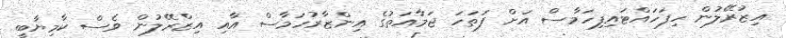
އިޒުރޭލުން ހިފަހައްޓައިފިހަމާސް އަށް ފަތަހަ ޖަމާއަތުގެ އިންޒާރުހަމާސް އާއި އިޒްރޭލުން ވެސް ކާމިޔާބީ